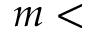
m \textless